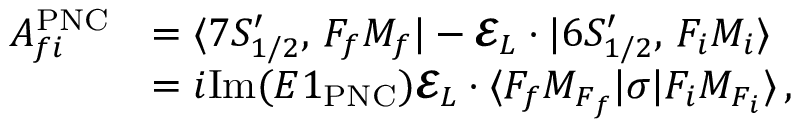
\begin{array} { r l } { A _ { f i } ^ { \mathrm { P N C } } } & { = \ensuremath { \langle 7 S _ { 1 / 2 } ^ { \prime } , \, F _ { f } M _ { f } | } - \mathbfcal { E } _ { L } \cdot { \v { D } } \ensuremath { | 6 S _ { 1 / 2 } ^ { \prime } , \, F _ { i } M _ { i } \rangle } } \\ & { = i \mathrm { I m } ( E 1 _ { \mathrm { P N C } } ) \mathbfcal { E } _ { L } \cdot \ensuremath { \langle F _ { f } M _ { F _ { f } } | } \ensuremath { \boldsymbol { \sigma } } \ensuremath { | F _ { i } M _ { F _ { i } } \rangle } \, , } \end{array}